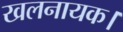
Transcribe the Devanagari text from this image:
खलनायक।